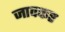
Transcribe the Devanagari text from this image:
जावकर